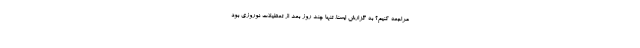
مراجعه کنیم؟ به گزارش ایسنا، تنها چند روز بعد از تعطیلات نوروزی بود